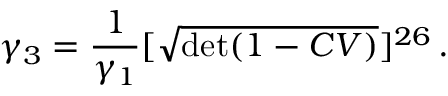
\gamma _ { 3 } = \frac { 1 } { \gamma _ { 1 } } [ \sqrt { \operatorname * { d e t } ( 1 - C V ) } ] ^ { 2 6 } \, .